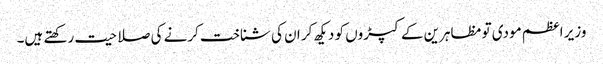
وزیر اعظم مودی تو مظاہرین کے کپڑوں کو دیکھ کر ان کی شناخت کرنے کی صلاحیت رکھتے ہیں۔